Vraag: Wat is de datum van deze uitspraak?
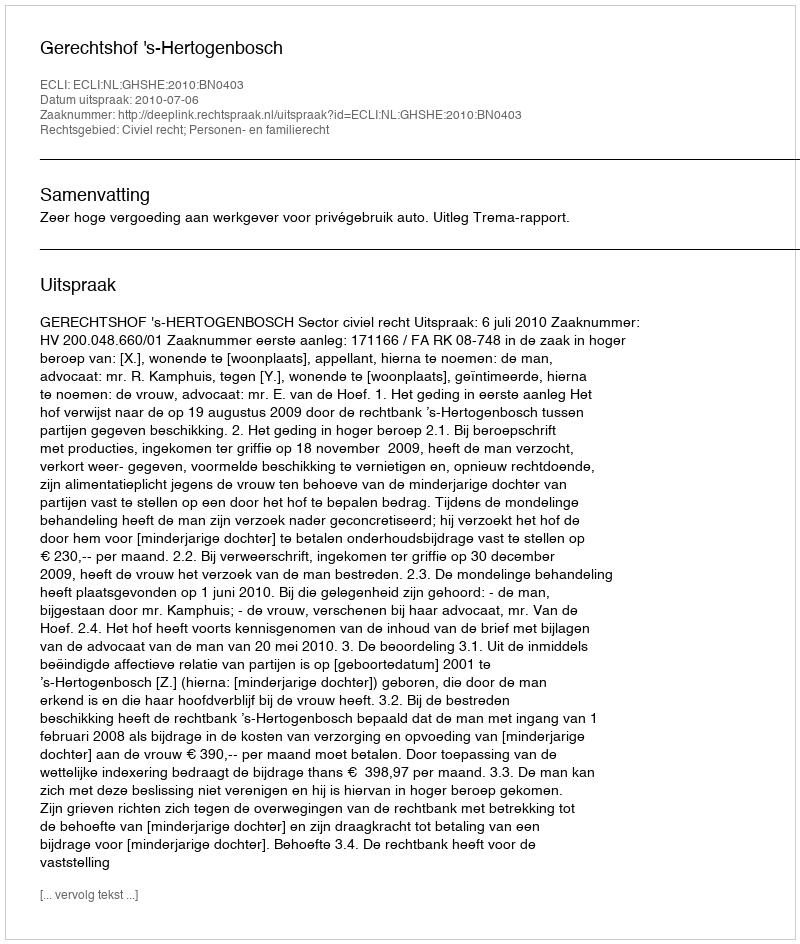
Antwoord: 2010-07-06